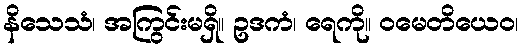
နိသေသံ၊ အကြွင်းမရှိ။ ဥဒကံ၊ ရေကို။ ဝမေတိယေဝ၊